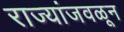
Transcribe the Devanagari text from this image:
राज्यांजवळून